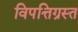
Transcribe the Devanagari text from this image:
विपत्तिग्रस्त